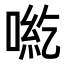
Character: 𠶹